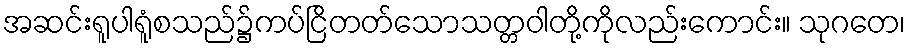
အဆင်းရူပါရူံစသည်၌ကပ်ငြိတတ်သောသတ္တဝါတို့ကိုလည်းကောင်း။ သုဂတေ၊